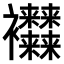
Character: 𧟜